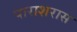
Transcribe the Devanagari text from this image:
पाराशरास